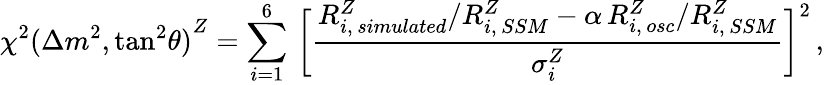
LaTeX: {\chi^{2}(\Delta m^{2},\mathrm{{tan}^{2}}\theta)}^{Z}=\sum_{i=1}^{6}\, \bigg[{\frac{R_{i,\, simulated}^{Z}/R_{i,\, SSM}^{Z}-\alpha\, R_{i,\, osc}^{Z}/R_{i,\, SSM}^{Z}}{\sigma_{i}^{Z}}}\bigg]^{2}\, ,